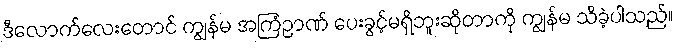
ဒီလောက်လေးတောင် ကျွန်မ အကြံဉာဏ် ပေးခွင့်မရှိဘူးဆိုတာကို ကျွန်မ သိခဲ့ပါသည်။